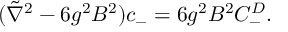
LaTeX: ( \tilde { \nabla } ^ { 2 } - 6 g ^ { 2 } B ^ { 2 } ) c _ { - } = 6 g ^ { 2 } B ^ { 2 } C _ { - } ^ { D } .